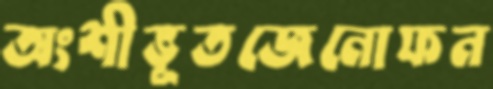
অংশীভূতজেনোফন